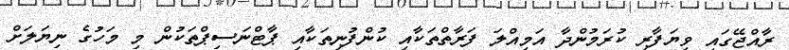
ރާއްޖޭގައި ވިޔަފާރި ކުރަމުންދާ އަމިއްލަ ފަރާތްތަކާއި ކުންފުނިތަކާއި ޕާޓްނަސިޕްތަކުން މި މަހުގެ ނިޔަލަށް